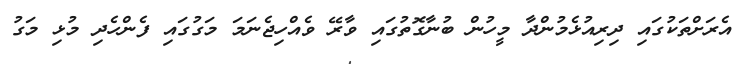
އެރަށްތަކުގައި ދިރިއުޅެމުންދާ މީހުން ބުނާގޮތުގައި ވާރޭ ވެއްހިޖެނަމަ މަގުގައި ފެންހެދި މުޅި މަގު